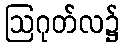
ဩဂုတ်လ၌